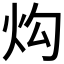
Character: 𱪮